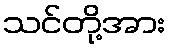
သင်တို့အား